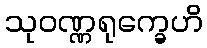
သုဝဏ္ဏရုက္ခေဟိ